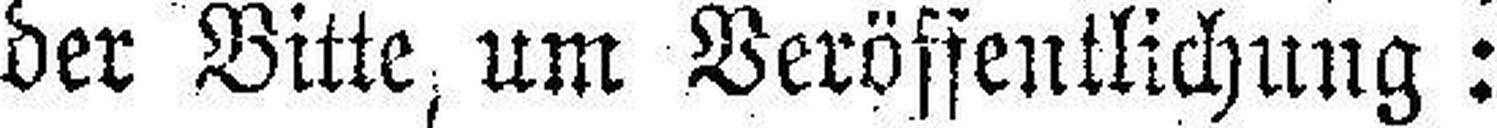
der Bitte, um Veröffentlichung: